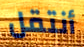
أنتقل